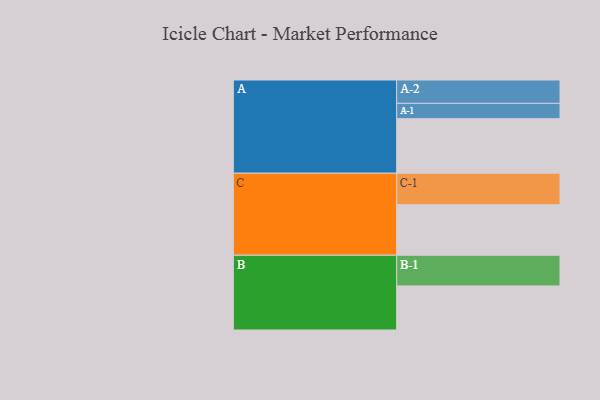
{"axis": {"x": "Segment", "y": "Value"}, "legend": ["", "A", "B", "C"], "data": [{"x": "A", "y": 437, "type": ""}, {"x": "B", "y": 353, "type": ""}, {"x": "C", "y": 405, "type": ""}, {"x": "A-1", "y": 123, "type": "A"}, {"x": "A-2", "y": 187, "type": "A"}, {"x": "B-1", "y": 246, "type": "B"}, {"x": "C-1", "y": 252, "type": "C"}]}